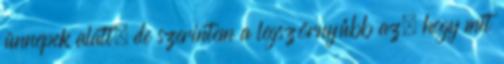
ünnepek alatt, de szerintem a legszörnyűbb az, hogy mit